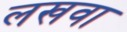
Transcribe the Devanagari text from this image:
लखवा